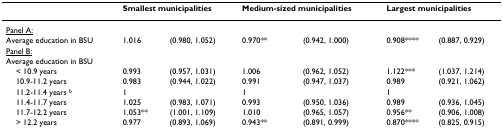
<table><thead><tr><td></td><td colspan="2"><b>Smallest municipalities</b></td><td colspan="2"><b>Medium-sized municipalities</b></td><td colspan="2"><b>Largest municipalities</b></td></tr></thead><tbody><tr><td><underline>Panel A:</underline></td><td></td><td></td><td></td><td></td><td></td><td></td></tr><tr><td>Average education in BSU</td><td>1.016</td><td>(0.980, 1.052)</td><td>0.970** </td><td>(0.942, 1.000)</td><td>0.908**** </td><td>(0.887, 0.929)</td></tr><tr><td><underline>Panel B:</underline></td><td></td><td></td><td></td><td></td><td></td><td></td></tr><tr><td>Average education in BSU</td><td></td><td></td><td></td><td></td><td></td><td></td></tr><tr><td> &lt; 10.9 years</td><td>0.993</td><td>(0.957, 1.031)</td><td>1.006</td><td>(0.962, 1.052)</td><td>1.122***</td><td>(1.037, 1.214)</td></tr><tr><td> 10.9-11.2 years</td><td>0.983</td><td>(0.944, 1.022)</td><td>0.991</td><td>(0.947, 1.037)</td><td>0.989</td><td>(0.921, 1.062)</td></tr><tr><td> 11.2-11.4 years <sup>b</sup></td><td>1</td><td></td><td>1</td><td></td><td>1</td><td></td></tr><tr><td> 11.4-11.7 years</td><td>1.025</td><td>(0.983, 1.071)</td><td>0.993</td><td>(0.950, 1.036)</td><td>0.989</td><td>(0.936, 1.045)</td></tr><tr><td> 11.7-12.2 years</td><td>1.053**</td><td>(1.001, 1.109)</td><td>1.010</td><td>(0.965, 1.057)</td><td>0.956**</td><td>(0.906, 1.008)</td></tr><tr><td> &gt; 12.2 years</td><td>0.977</td><td>(0.893, 1.069)</td><td>0.943**</td><td>(0.891, 0.999)</td><td>0.870****</td><td>(0.825, 0.915)</td></tr></tbody></table>